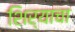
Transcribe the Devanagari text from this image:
शिर्‍याचा